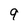
Character: 9